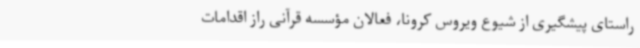
راستای پیشگیری از شیوع ویروس کرونا، فعالان مؤسسه قرآنی راز اقدامات